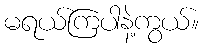
မရယ်ကြပါနဲ့ကွယ်။